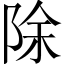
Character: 除